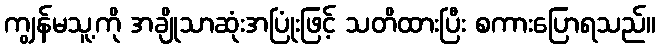
ကျွန်မသူ့ကို အချိုသာဆုံးအပြုံးဖြင့် သတိထားပြီး စကားပြောရသည်။